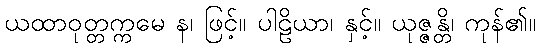
ယထာဝုတ္တက္ကမေ န၊ ဖြင့်။ ပါဠိယာ၊ နှင့်။ ယုဇ္ဇန္တိ၊ ကုန်၏။